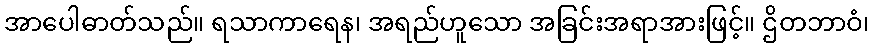
အာပေါဓာတ်သည်။ ရသာကာရေန၊ အရည်ဟူသော အခြင်းအရာအားဖြင့်။ ဌိတဘာဝံ၊